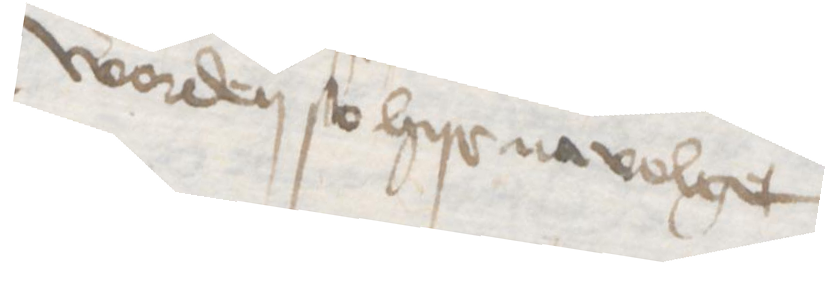
worden so hyr na volget